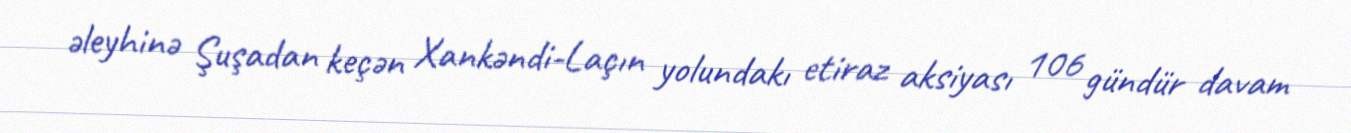
əleyhinə Şuşadan keçən Xankəndi-Laçın yolundakı etiraz aksiyası 106 gündür davam